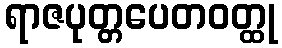
ရာဇပုတ္တပေတဝတ္ထု